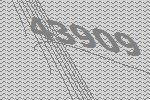
43909